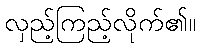
လှည့်ကြည့်လိုက်၏။